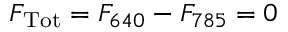
F _ { \mathrm { T o t } } = F _ { 6 4 0 } - F _ { 7 8 5 } = 0